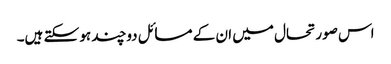
اس صورتحال میں ان کے مسائل دوچند ہو سکتے ہیں۔